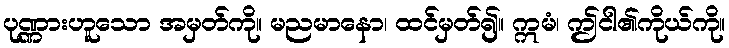
ပုဏ္ဏားဟူသော အမှတ်ကို။ မညမာနော၊ ထင်မှတ်၍။ ဣမံ၊ ဤငါ၏ကိုယ်ကို။